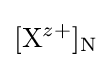
[\mathrm {X} ^{z+}]_{\text{N}}